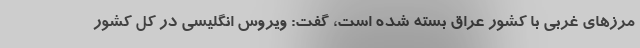
مرزهای غربی با کشور عراق بسته شده است، گفت: ویروس انگلیسی در کل کشور